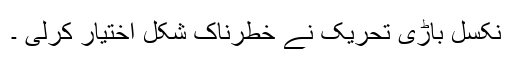
نکسل باڑی تحریک نے خطرناک شکل اختیار کرلی ۔